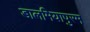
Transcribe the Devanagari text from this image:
डालमियापुरम